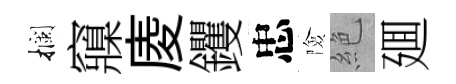
攔䆿庱钁忠險絶廽